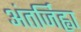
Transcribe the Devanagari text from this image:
अंतर्जिह्वा